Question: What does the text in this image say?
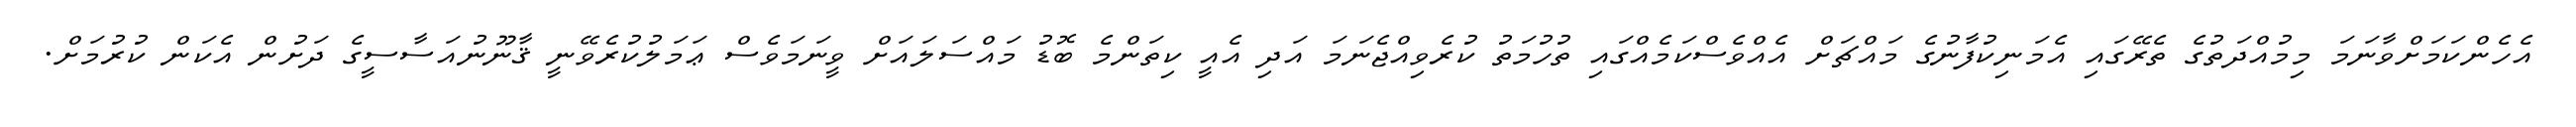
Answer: އެހެންކަމަށްވާނަމަ މިމުއްދަތުގެ ތެރޭގައި އެމަނިކުފާނުގެ މައްޗަށް އެއްވެސްކަމެއްގައި ތުހުމަތު ކުރެވިއްޖެނަމަ އަދި އެއީ ކިތަންމެ ބޮޑު މައްސަލައަށް ވީނަމަވެސް ޢަމަލުކުރެވޭނީ ޤާނޫނުއަސާސީގެ ދަށުން އެކަން ކުރުމަށް.